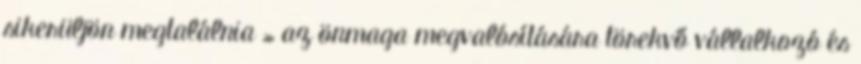
sikerüljön megtalálnia » az önmaga megvalósítására törekvő vállalkozó és